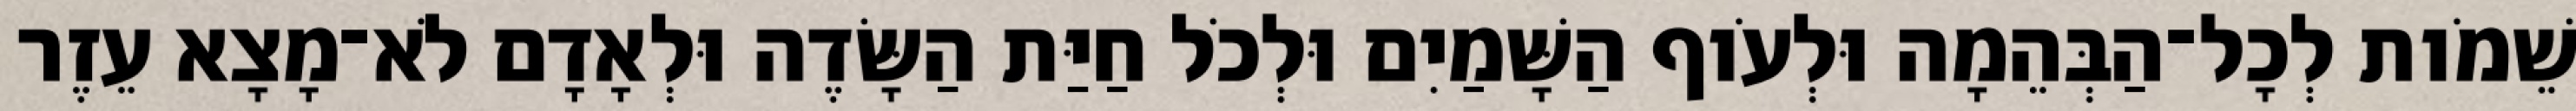
שֵׁמֹות לְכָל־הַבְּהֵמָה וּלְעֹוף הַשָּׁמַיִם וּלְכֹל חַיַּת הַשָּׂדֶה וּלְאָדָם לֹא־מָצָא עֵזֶר